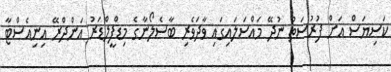
ކަސިޔަސް އަށް ފުރުސަތު ނުދޭ މައްސަލައިގައި ވާދަވެރި ބާސެލޯނާގެ މިޑްފީލްޑަރު އަންދްރޭ އިނިއެސްޓާ